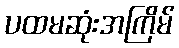
ပထမဆုံးအကြိမ်